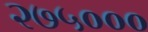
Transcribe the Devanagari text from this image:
२७५०००